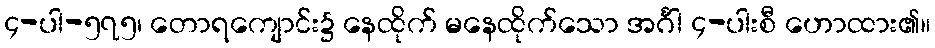
၄-ပါ-၅၇၅၊ တောရကျောင်း၌ နေထိုက် မနေထိုက်သော အင်္ဂါ ၄-ပါးစီ ဟောထား၏။